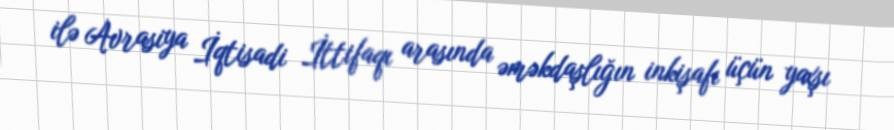
ilə Avrasiya İqtisadi İttifaqı arasında əməkdaşlığın inkişafı üçün yaxşı